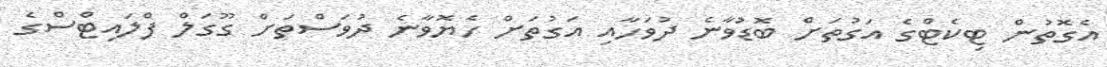
އެގޮތުން ޓިކެޓްގެ އަގުތަށް ބޮޑުވާނެ ދުވަހާއި އަގުތަށް ހެޔޮވާނެ ދުވަސްތަށް ގޫގަލް ފްލައިޓްސްގެ